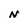
Character: N